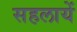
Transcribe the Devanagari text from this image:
सहलायें